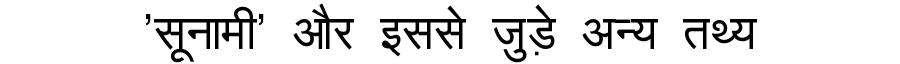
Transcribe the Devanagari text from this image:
'सूनामी' और इससे जुड़े अन्य तथ्य